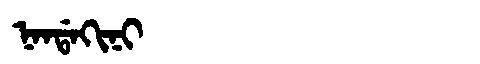
Manchu: ᠨᠠᠨᡩᠠᡴᡳᠨᡳ
Romanization: NANDAKINI